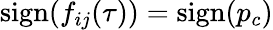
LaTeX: \mathrm{sign}(f_{ij}(\tau))=\mathrm{sign}(p_{c})